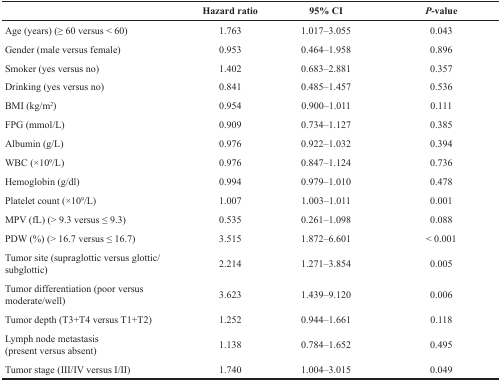
<table><thead><tr><td></td><td><b>Hazard ratio</b></td><td><b>95% CI</b></td><td><b><i>P</i>-value</b></td></tr></thead><tbody><tr><td>Age (years) (≥ 60 versus &lt; 60)</td><td>1.763</td><td>1.017–3.055</td><td>0.043</td></tr><tr><td>Gender (male versus female)</td><td>0.953</td><td>0.464–1.958</td><td>0.896</td></tr><tr><td>Smoker (yes versus no)</td><td>1.402</td><td>0.683–2.881</td><td>0.357</td></tr><tr><td>Drinking (yes versus no)</td><td>0.841</td><td>0.485–1.457</td><td>0.536</td></tr><tr><td>BMI (kg/m<sup>2</sup>)</td><td>0.954</td><td>0.900–1.011</td><td>0.111</td></tr><tr><td>FPG (mmol/L)</td><td>0.909</td><td>0.734–1.127</td><td>0.385</td></tr><tr><td>Albumin (g/L)</td><td>0.976</td><td>0.922–1.032</td><td>0.394</td></tr><tr><td>WBC (×10<sup>9</sup>/L)</td><td>0.976</td><td>0.847–1.124</td><td>0.736</td></tr><tr><td>Hemoglobin (g/dl)</td><td>0.994</td><td>0.979–1.010</td><td>0.478</td></tr><tr><td>Platelet count (×10<sup>9</sup>/L)</td><td>1.007</td><td>1.003–1.011</td><td>0.001</td></tr><tr><td>MPV (fL) (&gt; 9.3 versus ≤ 9.3)</td><td>0.535</td><td>0.261–1.098</td><td>0.088</td></tr><tr><td>PDW (%) (&gt; 16.7 versus ≤ 16.7)</td><td>3.515</td><td>1.872–6.601</td><td>&lt; 0.001</td></tr><tr><td>Tumor site (supraglottic versus glottic/subglottic)</td><td>2.214</td><td>1.271–3.854</td><td>0.005</td></tr><tr><td>Tumor differentiation (poor versus moderate/well)</td><td>3.623</td><td>1.439–9.120</td><td>0.006</td></tr><tr><td>Tumor depth (T3+T4 versus T1+T2)</td><td>1.252</td><td>0.944–1.661</td><td>0.118</td></tr><tr><td>Lymph node metastasis (present versus absent)</td><td>1.138</td><td>0.784–1.652</td><td>0.495</td></tr><tr><td>Tumor stage (III/IV versus I/II)</td><td>1.740</td><td>1.004–3.015</td><td>0.049</td></tr></tbody></table>